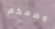
وضعكم